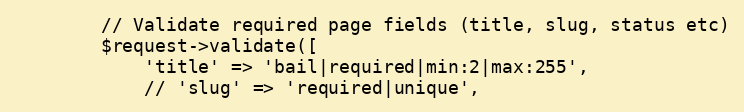
Language: PHP
        // Validate required page fields (title, slug, status etc)
        $request->validate([
            'title' => 'bail|required|min:2|max:255',
            // 'slug' => 'required|unique',